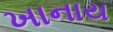
ખાનાય